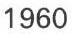
1960